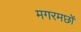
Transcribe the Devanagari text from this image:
मगरमछों